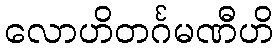
လောဟိတင်္ဂမဏီဟိ